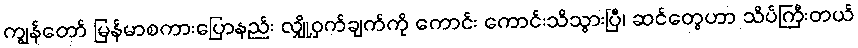
ကျွန်တော် မြန်မာစကားပြောနည်း လျှို့ဝှက်ချက်ကို ကောင်း ကောင်းသိသွားပြီ၊ ဆင်တွေဟာ သိပ်ကြီးတယ်